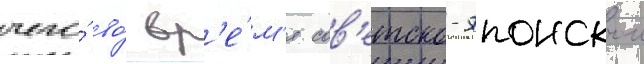
чего́ во́ вр'е́м'я сов'етско-японскои